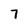
Character: 7